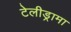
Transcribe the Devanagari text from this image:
टेलीड्रामा